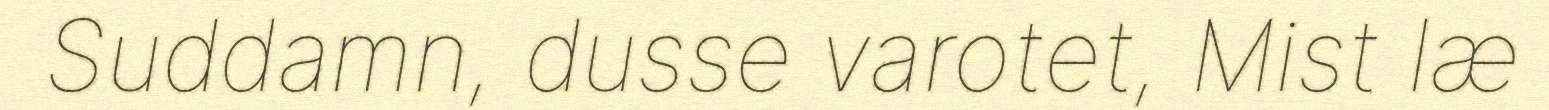
Suddamn, dusse varotet, Mist læ